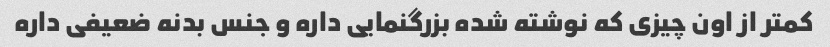
کمتر از اون چیزی که نوشته شده بزرگنمایی داره و جنس بدنه ضعیفی داره